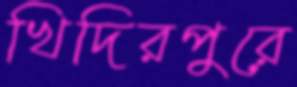
খিদিরপুরে